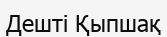
Дешті Қыпшақ